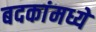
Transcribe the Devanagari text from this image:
बदकांमध्ये